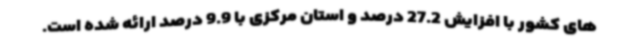
های کشور با افزایش 27.2 درصد و استان مرکزی با 9.9 درصد ارائه شده است.